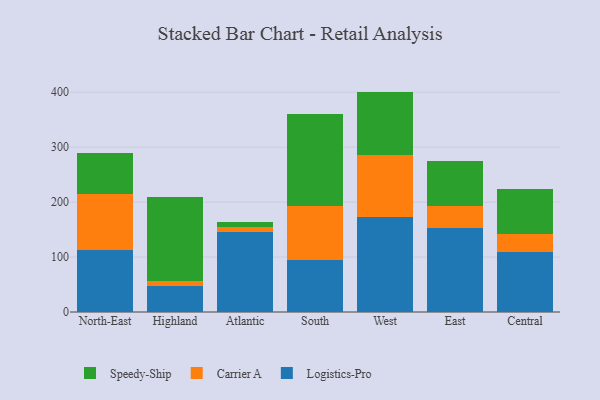
{"axis": {"x": "Region", "y": "Humidity (%)"}, "legend": ["Carrier A", "Logistics-Pro", "Speedy-Ship"], "data": [{"x": "North-East", "y": 112.4, "type": "Logistics-Pro"}, {"x": "North-East", "y": 102.6, "type": "Carrier A"}, {"x": "North-East", "y": 73.7, "type": "Speedy-Ship"}, {"x": "Highland", "y": 47.0, "type": "Logistics-Pro"}, {"x": "Highland", "y": 9.3, "type": "Carrier A"}, {"x": "Highland", "y": 153.1, "type": "Speedy-Ship"}, {"x": "Atlantic", "y": 146.0, "type": "Logistics-Pro"}, {"x": "Atlantic", "y": 8.0, "type": "Carrier A"}, {"x": "Atlantic", "y": 9.5, "type": "Speedy-Ship"}, {"x": "South", "y": 94.1, "type": "Logistics-Pro"}, {"x": "South", "y": 98.6, "type": "Carrier A"}, {"x": "South", "y": 167.8, "type": "Speedy-Ship"}, {"x": "West", "y": 173.3, "type": "Logistics-Pro"}, {"x": "West", "y": 113.1, "type": "Carrier A"}, {"x": "West", "y": 114.7, "type": "Speedy-Ship"}, {"x": "East", "y": 152.5, "type": "Logistics-Pro"}, {"x": "East", "y": 40.5, "type": "Carrier A"}, {"x": "East", "y": 82.3, "type": "Speedy-Ship"}, {"x": "Central", "y": 109.8, "type": "Logistics-Pro"}, {"x": "Central", "y": 31.9, "type": "Carrier A"}, {"x": "Central", "y": 82.9, "type": "Speedy-Ship"}]}